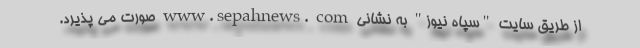
از طریق سایت "سپاه نیوز" به نشانی www.sepahnews. com صورت می پذیرد.